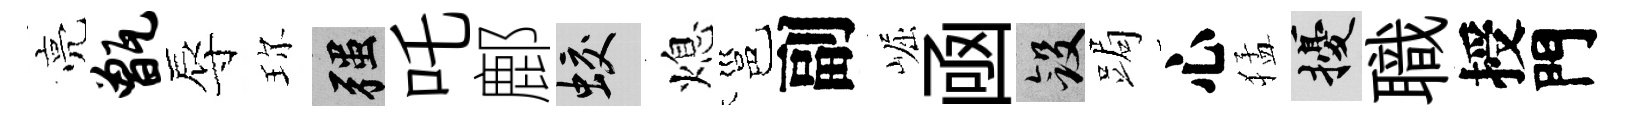
亮甑辱珎强吒鄜蛟熄邕副崛凾斂跼心猛擾職授門